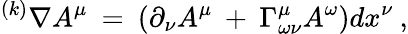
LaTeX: ^{(k)}\nabla A^{\mu}\: =\: (\partial_{\nu}A^{\mu}\: +\: \Gamma_{\omega\nu}^{\mu}A^{\omega})dx^{\nu}\: ,